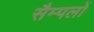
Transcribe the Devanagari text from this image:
सैम्पलों